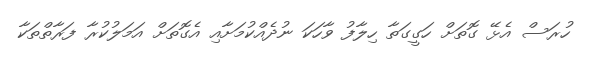
ހުރަސް އެޅޭ ގޮތަށް ހަގީގަތާ ހިލާފު ވާހަކަ ނުދެއްކުމަށާއި އެގޮތަށް އަމަލުކުރާ ފަރާތްތަކާ